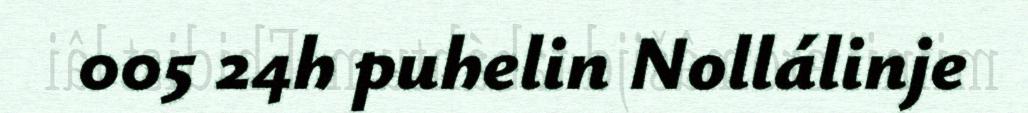
005 24h puhelin Nollálinje